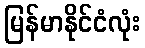
မြန်မာနိုင်ငံလုံး